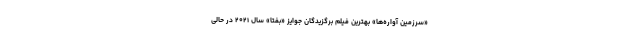
«سرزمین آواره‌ها» بهترین فیلم برگزیدگان جوایز «بفتا» سال ۲۰۲۱ در حالی